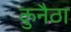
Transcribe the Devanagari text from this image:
कुनैठा